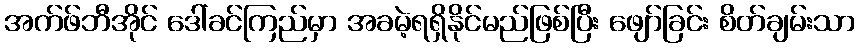
အက်ဖ်ဘီအိုင် ဒေါ်ခင်ကြည်မှာ အခမဲ့ရရှိနိုင်မည်ဖြစ်ပြီး ဖျော်ခြင်း စိတ်ချမ်းသာ